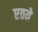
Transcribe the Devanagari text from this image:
एठते